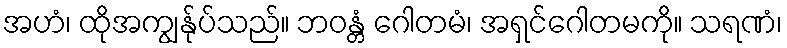
အဟံ၊ ထိုအကျွန်ုပ်သည်။ ဘဝန္တံ ဂေါတမံ၊ အရှင်ဂေါတမကို။ သရဏံ၊